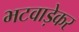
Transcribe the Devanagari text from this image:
भटवाड़ेकर